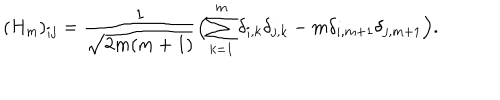
( H _ { m } ) _ { i j } = { \frac { 1 } { \sqrt { 2 m ( m + 1 ) } } } \Bigl ( \sum _ { k = 1 } ^ { m } \delta _ { i , k } \delta _ { j , k } - m \delta _ { i , m + 1 } \delta _ { j , m + 1 } \Bigr ) .